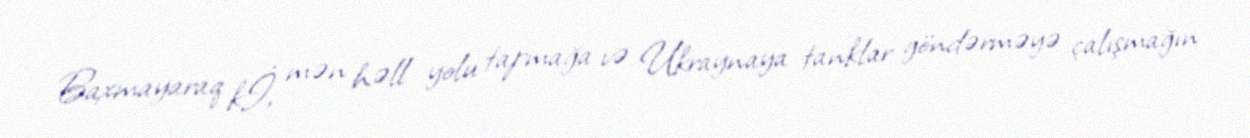
Baxmayaraq kİ, mən həll yolu tapmağa və Ukraynaya tanklar göndərməyə çalışmağın